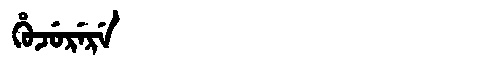
Manchu: ᡥᡠᠵᡠᡵᡝᡵᡝ
Romanization: HUJURERE